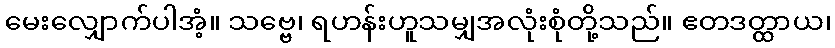
မေးလျှောက်ပါအံ့။ သဗ္ဗေ၊ ရဟန်းဟူသမျှအလုံးစုံတို့သည်။ ဧတဒတ္ထာယ၊